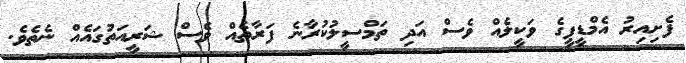
ފެށިއިރު އެމްޑީޕީގެ ވަކީލެއް ވެސް އަދި ތަމްސީލުކުރާނެ ފަރާތެއް ވެސް ޝަރީއަތުގައެއް ނެތެވެ.